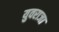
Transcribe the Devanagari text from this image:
युवराजा